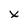
Character: x